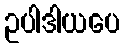
ဥပါဒါယပေ